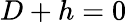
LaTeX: D+h=0